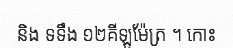
និង ទទឹង ១២គីឡូម៉ែត្រ ។ កោះ